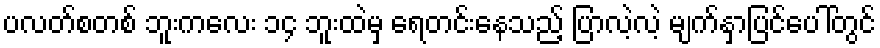
ပလတ်စတစ် ဘူးကလေး ၁၄ ဘူးထဲမှ ရေတင်းနေသည့် ပြာလဲ့လဲ့ မျက်နှာပြင်ပေါ်တွင်